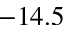
- 1 4 . 5